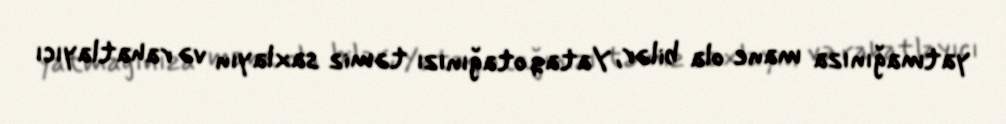
yatmağınıza mane ola bilər, Yataq otağınızı təmiz saxlayın və rahatlayıcı